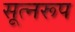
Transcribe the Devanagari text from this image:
सूत्नरूप